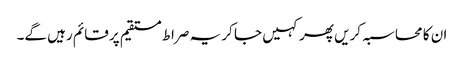
ان کا محاسبہ کریں پھر کہیں جا کر یہ صراط مستقیم پر قائم رہیں گے۔